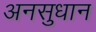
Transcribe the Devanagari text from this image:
अनसुधान